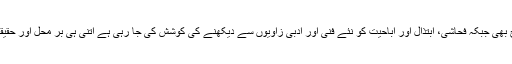
انہوں نے جس وقت یہ بات کہی تھی اس وقت بھی بالکل سولہ آنے صحیح تھی اور آج بھی جبکہ فحاشی، ابتذال اور اباحیت کو نئے فنی اور ادبی زاویوں سے دیکھنے کی کوشش کی جا رہی ہے اتنی ہی بر محل اور حقیقت پر مبنی ہے بلکہ اس کی صحت اور صداقت کی اہمیت آج کچھ زیادہ بڑھ گئی ہے۔